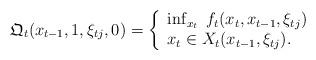
LaTeX: \begin{align*}\mathfrak{Q}_t ( x_{t-1}, 1, \xi_{t j}, 0 ) = \left\{ \begin{array}{l}\inf_{x_t} \;f_t(x_t, x_{t-1}, \xi_{t j} ) \\ x_t \in X_t(x_{t-1}, \xi_{t j} ).\end{array}\right.\end{align*}